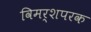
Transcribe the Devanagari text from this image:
विमर्शपरक